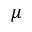
\mu